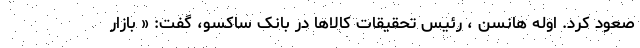
صعود کرد. اوله هانسن ، رئیس تحقیقات کالاها در بانک ساکسو، گفت: « بازار